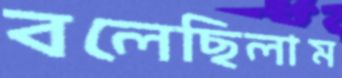
বলেছিলাম